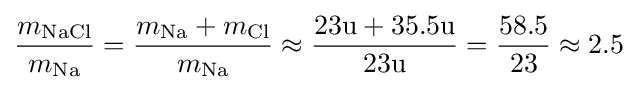
{\frac {m_{\mathrm {NaCl} }}{m_{\mathrm {Na} }}}={\frac {m_{\mathrm {Na} }+m_{\mathrm {Cl} }}{m_{\mathrm {Na} }}}\approx {\frac {23\mathrm {u} +35.5\mathrm {u} }{23\mathrm {u} }}={\frac {58.5}{23}}\approx 2.5